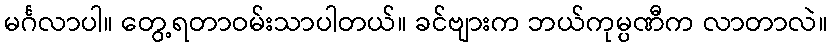
မင်္ဂလာပါ။ တွေ့ရတာဝမ်းသာပါတယ်။ ခင်ဗျားက ဘယ်ကုမ္ပဏီက လာတာလဲ။